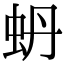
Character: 蚒